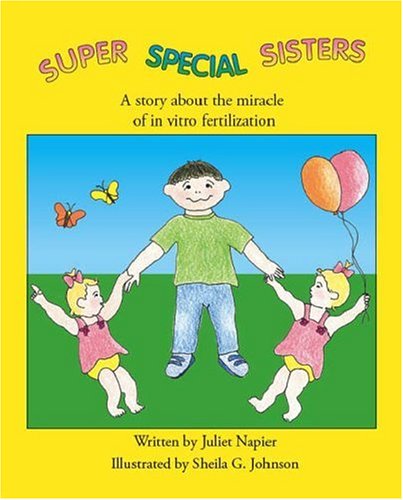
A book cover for Super Special Sisters: A Story About the Miracle of In Vitro Fertilization; Juliet Napier; Teen & Young Adult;